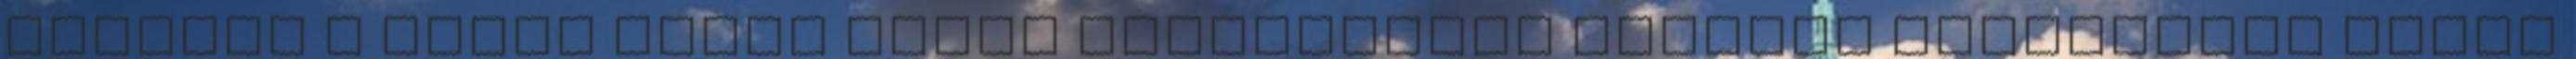
Bíróság a hazai Kúria német megfelelője szerdai döntésekor annak